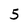
Character: 5